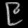
Digit: ၉